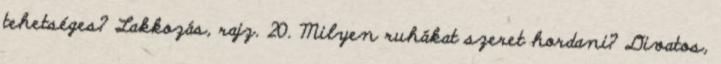
tehetséges? Lakkozás, rajz. 20. Milyen ruhákat szeret hordani? Divatos,